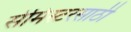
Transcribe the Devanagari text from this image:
सेमिस्टरसाठी